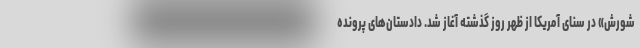
شورش» در سنای آمریکا از ظهر روز گذشته آغاز شد. دادستان‌های پرونده